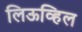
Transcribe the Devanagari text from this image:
लिऊव्हिल